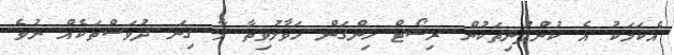
އެކަމަކު އެ ކުންފުނިތަކުން ރިސޯޓް ހިންގަން ހަވާލުވިތާ މާ ގިނަ ދުވަސްތަކެއް ނުވެ